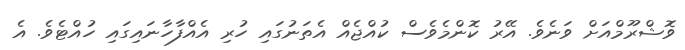
ވޮޝްރޫމްއަށް ވަނެވެ. އޭރު ކޮންމެވެސް ކުއްޖެއް އެތަނުގައި ހުރި އެއްފާހާނައިގައި ހުއްޓެވެ. އެ